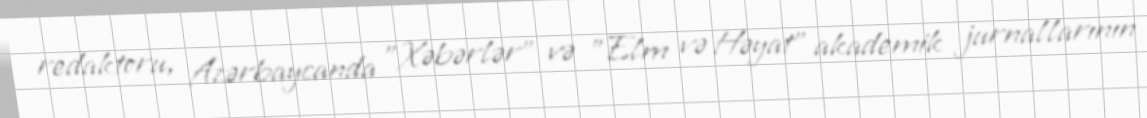
redaktoru, Azərbaycanda "Xəbərlər" və "Elm və Həyat" akademik jurnallarının